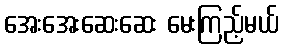
အေးအေးဆေးဆေး မေးကြည့်မယ်